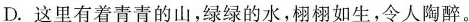
D.这里有着青青的山，绿绿的水，栩栩如生哪个，令人陶醉。